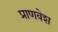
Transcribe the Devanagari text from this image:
प्राणवेश